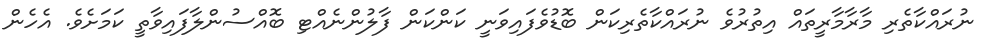
ނުރައްކާތެރި މާރާމާރީތައް އިތުރުވެ ނުރައްކާތެރިކަން ބޮޑުވެފައިވަނީ ކަންކަން ފާލުންނެއްޓި ބޮއްސުންލާފައިވާތީ ކަމަށެވެ. އެހެން